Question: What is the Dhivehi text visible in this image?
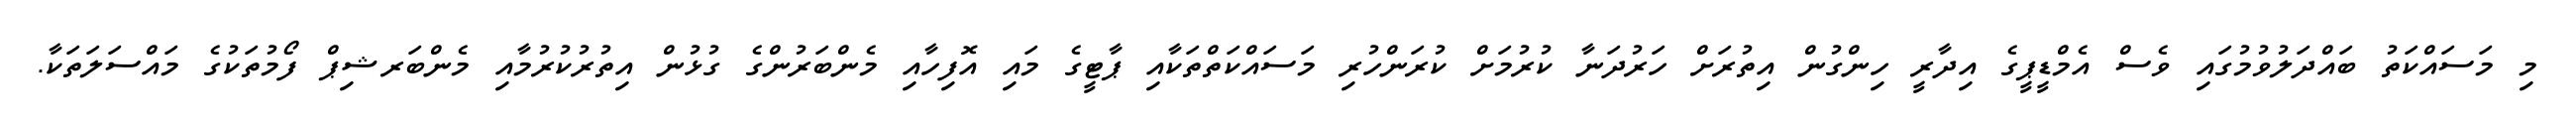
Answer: މި މަސައްކަތު ބައްދަލުވުމުގައި ވެސް އެމްޑީޕީގެ އިދާރީ ހިންގުން އިތުރަށް ހަރުދަނާ ކުރުމަށް ކުރަންހުރި މަސައްކަތްތަކާއި ޕާޓީގެ މައި އޮފިހާއި މެންބަރުންގެ ގުޅުން އިތުރުކުރުމާއި މެންބަރޝިޕް ފޯމުތަކުގެ މައްސަލަތަކާ.